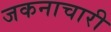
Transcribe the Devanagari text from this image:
जकनाचारी